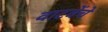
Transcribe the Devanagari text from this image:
वाटवेंचे